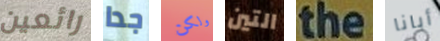
رائعين جدا ولكن التين the أبانا